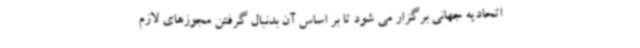
اتحادیه جهانی برگزار می شود تا بر اساس آن بدنبال گرفتن مجوزهای لازم